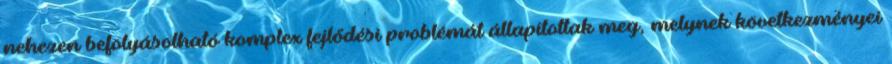
nehezen befolyásolható komplex fejlődési problémát állapítottak meg, melynek következményei